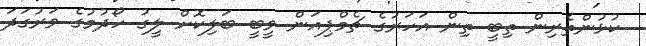
ކުޅުންތެރިން ތިބީ ތިން އަހަރުގެ ޗެމްޕިއަން ވީބީ ބަލިކޮށް ލީގު ހޯދުމުގެ ވަރުގަދަ